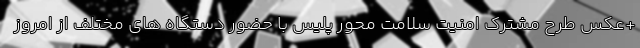
+عکس طرح مشترک امنیت سلامت محور پلیس با حضور دستگاه های مختلف از امروز